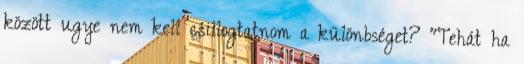
között ugye nem kell csillogtatnom a különbséget? "Tehát ha